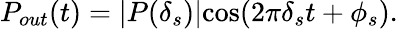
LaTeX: P_{out}(t)=\lvert P(\delta_{s})\rvert\mathrm{cos}(2\pi\delta_{s}t+\phi_{s}).